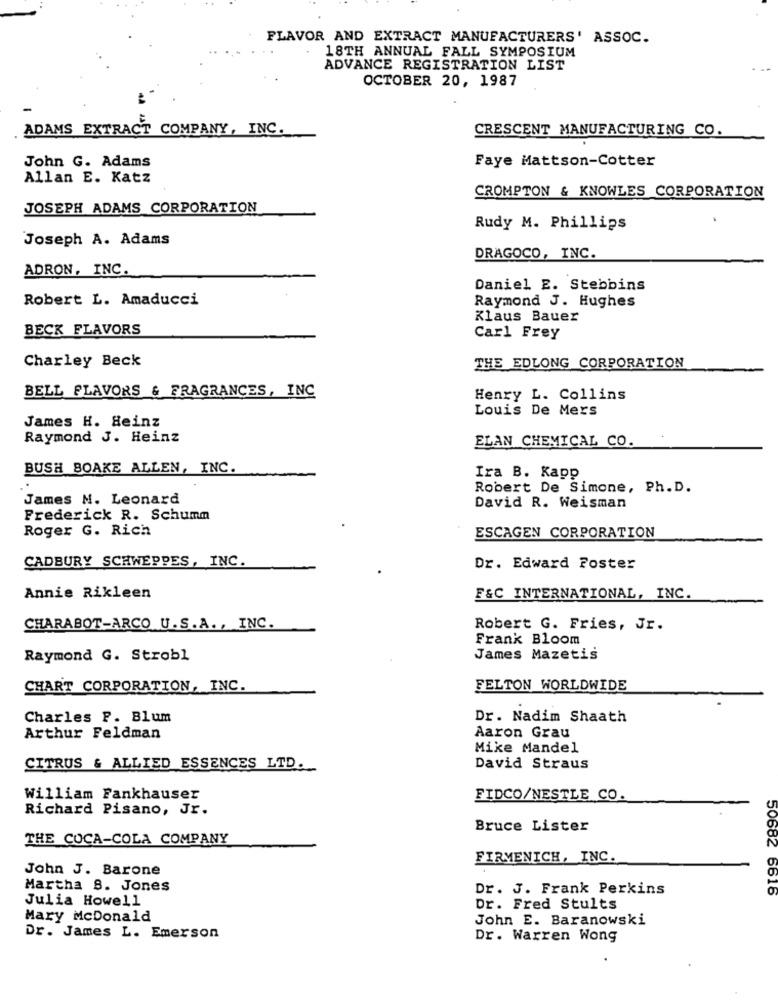
FLAVOR AND EXTRACT MANUFACTURERS' ASSOC.
18TH ANNUAL FALL SYMPOSIUM
ADVANCE REGISTRATION LIST
OCTOBER 20, 1987
ADAMS EXTRACT COMPANY, INC.
CRESCENT MANUFACTURING CO.
John G. Adams
Faye Mattson-Cotter
Allan E. Katz
CROMPTON & KNOWLES CORPORATION
JOSEPH ADAMS CORPORATION
Rudy M. Phillips
Joseph A. Adams
DRAGOCO, INC.
ADRON, INC.
Daniel E. Stebbins
Robert L. Amaducci
Raymond J. Hughes
Klaus Bauer
BECK FLAVORS
Carl Frey
Charley Beck
THE EDLONG CORPORATION
BELL FLAVORS & FRAGRANCES, INC
Henry L. Collins
Louis De Mers
James H. Heinz
Raymond J. Heinz
ELAN CHEMICAL CO.
BUSH BOAKE ALLEN, INC.
Ira B. Kapp
Robert De Simone, Ph. D.
James M. Leonard
David R. Weisman
Frederick R. Schumm
Roger G. Rich
ESCAGEN CORPORATION
CADBURY SCHWEPPES, INC.
Dr. Edward Foster
Annie Rikleen
F&C INTERNATIONAL, INC.
CHARABOT-ARCO U.S.A ., INC.
Robert G. Fries, Jr.
Frank Bloom
Raymond G. Strobl
James Mazetis
CHART CORPORATION, INC.
FELTON WORLDWIDE
Charles F. Blum
Dr. Nadim Shaath
Arthur Feldman
Aaron Grau
Mike Mandel
CITRUS & ALLIED ESSENCES LTD.
David Straus
William Fankhauser
FIDCO/NESTLE CO.
Richard Pisano, Jr.
Bruce Lister
THE COCA-COLA COMPANY
FIRMENICH, INC.
John J. Barone
Martha 8. Jones
Dr. J. Frank Perkins
50682 6616
Julia Howell
Dr. Fred Stults
Mary McDonald
John E. Baranowski
Dr. James L. Emerson
Dr. Warren Wong